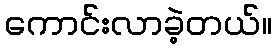
ကောင်းလာခဲ့တယ်။